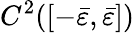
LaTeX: C^{2}([-\bar{\varepsilon},\bar{\varepsilon}])